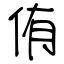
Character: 侑